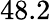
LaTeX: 48.2